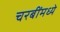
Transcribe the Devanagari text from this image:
चरबींमध्ये